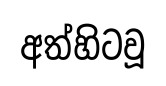
අත්හිටවූ